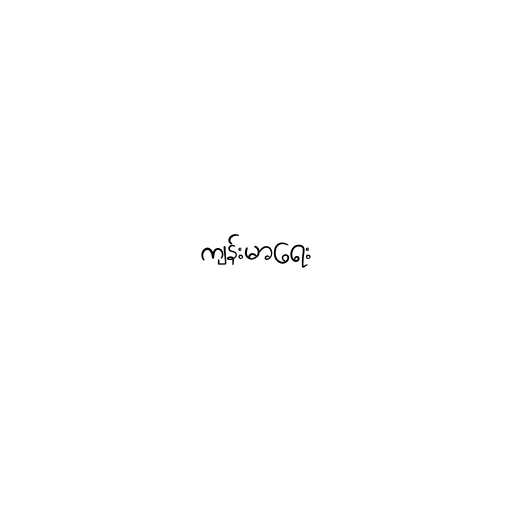
ကျန်းမာရေး